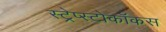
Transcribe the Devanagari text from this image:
स्ट्रेप्स्टोकॉकस